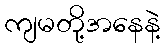
ကျမတို့အနေနဲ့